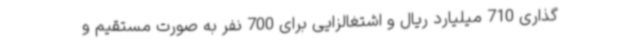
گذاری 710 میلیارد ریال و اشتغالزایی برای 700 نفر به صورت مستقیم و